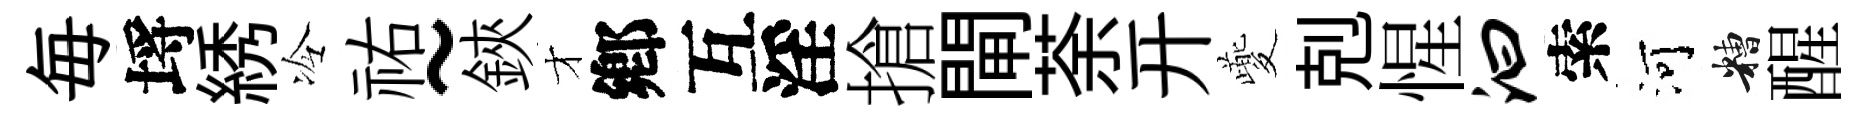
毎埓綉冷祐~鋏才鄕互淫搶閘荼开夔剋惺汩索河糟醒